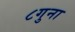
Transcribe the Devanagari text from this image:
८गुना